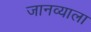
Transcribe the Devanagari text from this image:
जानव्याला